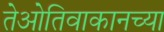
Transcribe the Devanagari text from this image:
तेओतिवाकानच्या